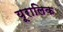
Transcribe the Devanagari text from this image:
यूरालिक